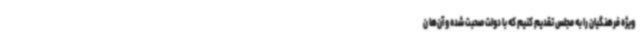
ویژه فرهنگیان را به مجلس تقدیم کنیم که با دولت صحبت شده و آن‌ها ن